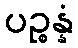
ပဉ္စန္နံ